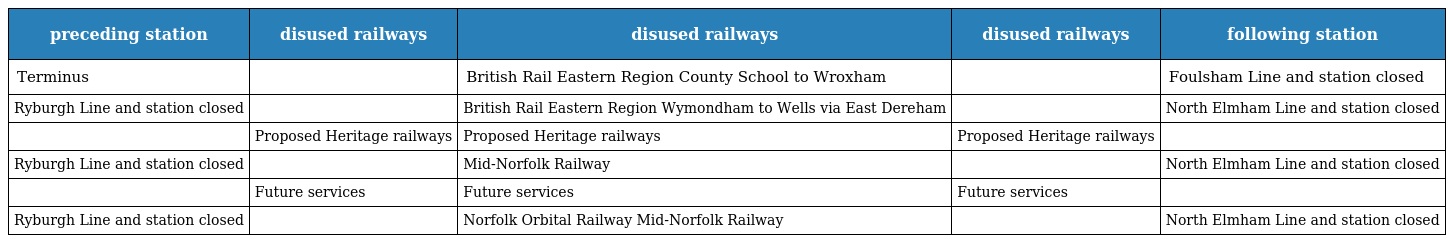
| preceding station | disused railways | disused railways | disused railways | following station |
 | --- | --- | --- | --- | --- |
 | Terminus |  | British Rail Eastern Region County School to Wroxham |  | Foulsham Line and station closed |
 | Ryburgh Line and station closed |  | British Rail Eastern Region Wymondham to Wells via East Dereham |  | North Elmham Line and station closed |
 |  | Proposed Heritage railways | Proposed Heritage railways | Proposed Heritage railways |  |
 | Ryburgh Line and station closed |  | Mid-Norfolk Railway |  | North Elmham Line and station closed |
 |  | Future services | Future services | Future services |  |
 | Ryburgh Line and station closed |  | Norfolk Orbital Railway Mid-Norfolk Railway |  | North Elmham Line and station closed |